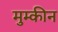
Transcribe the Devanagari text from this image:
मुम्कीन